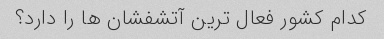
کدام کشور فعال ترین آتشفشان ها را دارد؟